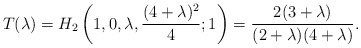
\begin{align*}T(\lambda)=H_2\left(1,0,\lambda, \frac{ (4+\lambda)^2}{4};1\right)=\frac{2 (3 + \lambda)}{(2 + \lambda) (4 + \lambda)}.\end{align*}